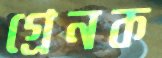
গ্রেনক